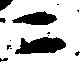
ニ